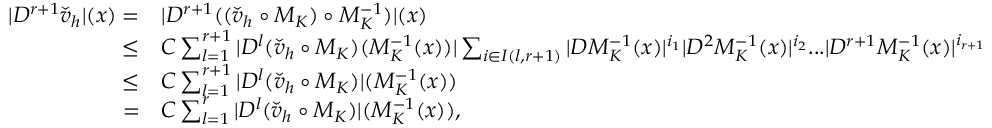
\begin{array} { r l } { | D ^ { r + 1 } \check { v } _ { h } | ( x ) = } & { | D ^ { r + 1 } ( ( \check { v } _ { h } \circ M _ { K } ) \circ M _ { K } ^ { - 1 } ) | ( x ) } \\ { \leq } & { C \sum _ { l = 1 } ^ { r + 1 } | D ^ { l } ( \check { v } _ { h } \circ M _ { K } ) ( M _ { K } ^ { - 1 } ( x ) ) | \sum _ { i \in I ( l , r + 1 ) } | D M _ { K } ^ { - 1 } ( x ) | ^ { i _ { 1 } } | D ^ { 2 } M _ { K } ^ { - 1 } ( x ) | ^ { i _ { 2 } } . . . | D ^ { r + 1 } M _ { K } ^ { - 1 } ( x ) | ^ { i _ { r + 1 } } } \\ { \leq } & { C \sum _ { l = 1 } ^ { r + 1 } | D ^ { l } ( \check { v } _ { h } \circ M _ { K } ) | ( M _ { K } ^ { - 1 } ( x ) ) } \\ { = } & { C \sum _ { l = 1 } ^ { r } | D ^ { l } ( \check { v } _ { h } \circ M _ { K } ) | ( M _ { K } ^ { - 1 } ( x ) ) , } \end{array}